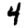
Digit: 4